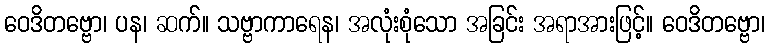
ဝေဒိတဗ္ဗော၊ ပန၊ ဆက်။ သဗ္ဗာကာရေန၊ အလုံးစုံသော အခြင်း အရာအားဖြင့်။ ဝေဒိတဗ္ဗော၊